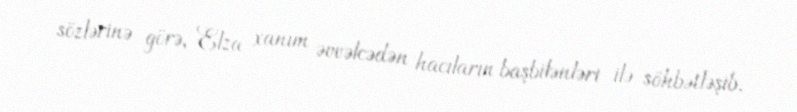
sözlərinə görə, Elza xanım əvvəlcədən hacıların başbilənləri ilə söhbətləşib.